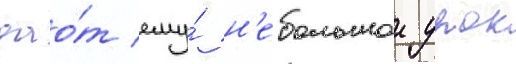
дао́т ему́ н'ебольшои урок